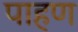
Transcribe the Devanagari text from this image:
पाहण